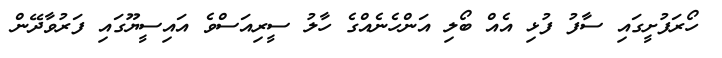
ހޯރަފުށީގައި ސާފު ފުޅި އެއް ބޯލި އަންހެނެއްގެ ހާލު ސީރިއަސްވެ އައިސީޔޫގައި ފަރުވާދޭން